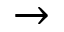
\rightarrow